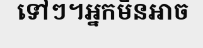
ទៅៗ។អ្នកមិនអាច